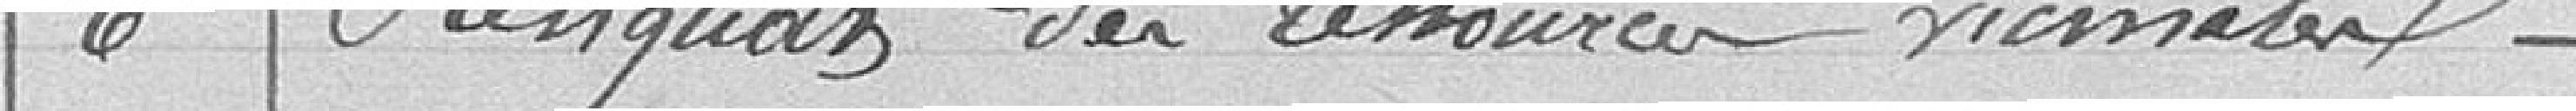
6. Reliquat des ressources vicinales